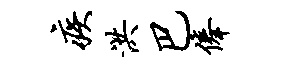
疾洪巴俸